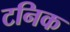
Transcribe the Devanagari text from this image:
टनिक